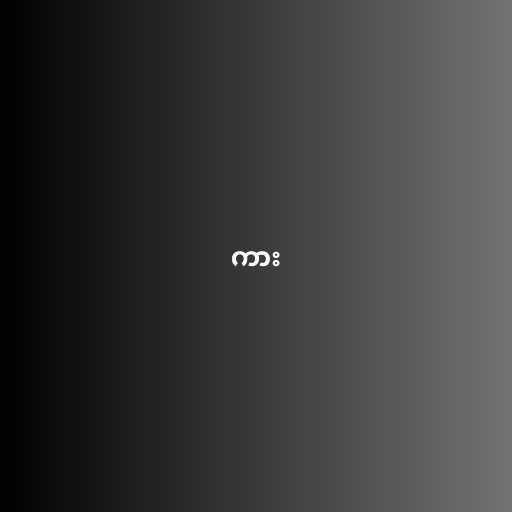
ကား